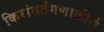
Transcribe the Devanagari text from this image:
किरांततंगणाकीर्ण